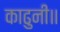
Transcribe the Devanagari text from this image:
काढुनी॥